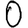
Digit: 0